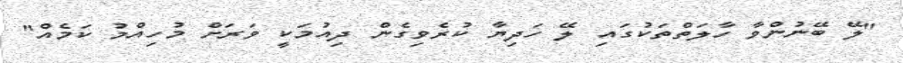
"ލޭ ބޭނުންވާ ހާލަތްތަކުގައި ލޭ ހަދިޔާ ކުރެވިގެން ދިއުމަކީ ވަރަށް މުހިއްމު ކަމެއް"